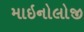
માઇનોલોજી